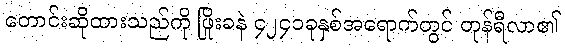
တောင်းဆိုထားသည်ကို ဖြိုးခနဲ ၄၂၄၁ခုနှစ်အရောက်တွင် တုန်ရီလာ၏